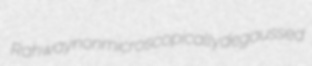
Rahway nonmicroscopically degaussed